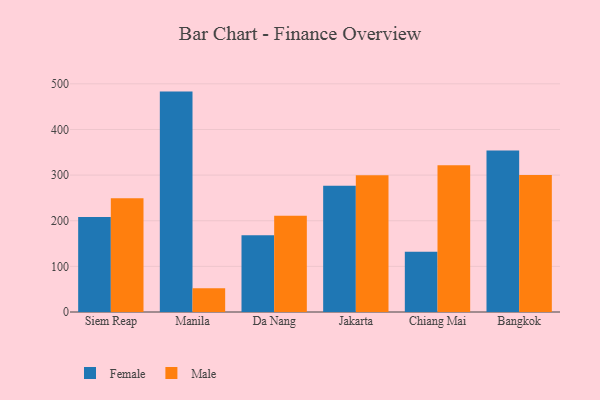
{"axis": {"x": "City", "y": "Market Share (%)"}, "legend": ["Female", "Male"], "data": [{"x": "Siem Reap", "y": 208.3, "type": "Female"}, {"x": "Siem Reap", "y": 249.4, "type": "Male"}, {"x": "Manila", "y": 483.0, "type": "Female"}, {"x": "Manila", "y": 52.2, "type": "Male"}, {"x": "Da Nang", "y": 168.3, "type": "Female"}, {"x": "Da Nang", "y": 211.2, "type": "Male"}, {"x": "Jakarta", "y": 276.6, "type": "Female"}, {"x": "Jakarta", "y": 299.7, "type": "Male"}, {"x": "Chiang Mai", "y": 132.3, "type": "Female"}, {"x": "Chiang Mai", "y": 321.7, "type": "Male"}, {"x": "Bangkok", "y": 354.0, "type": "Female"}, {"x": "Bangkok", "y": 300.5, "type": "Male"}]}